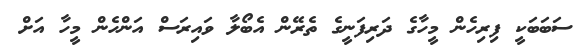
ސަބަބަކީ ފިިރިހެން މީހާގެ ދަރިފަނީގެ ތެރޭން އެބޯލާ ވައިރަސް އަންހެން މީހާ އަށް